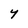
Character: Y